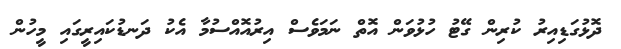
ދޮޅުގަޑިއިރު ކުރިން ގޭޓު ހުޅުވަން އޮތް ނަމަވެސް އިރުއޮއްސުމާ އެކު ދަނޑުކައިރީގައި މީހުން